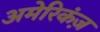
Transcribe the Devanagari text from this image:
अमेरिकंज़